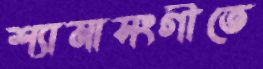
শ্যামাসংগীতে